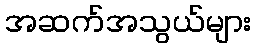
အဆက်အသွယ်များ